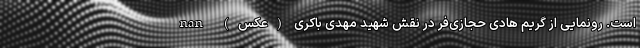
است. رونمایی از گریم هادی حجازی‌فر در نقش شهید مهدی باکری (عکس) nan